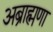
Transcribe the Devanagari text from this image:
अब्राह्मणा